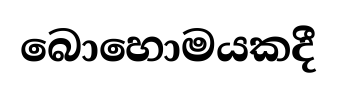
බොහොමයකදී